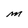
Character: M